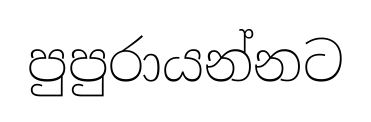
පුපුරායන්නට